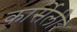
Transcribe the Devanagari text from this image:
कार्सेली